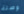
وصلة